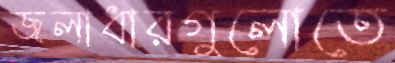
জলাধারগুলোতে